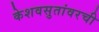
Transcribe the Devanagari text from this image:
केशवसुतांवरची